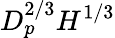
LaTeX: D_{p}^{2/3}H^{1/3}